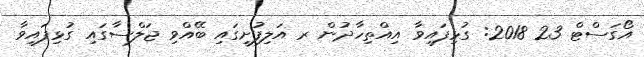
އޯގަސްޓް 23 2018: ގުޅިފައިވާ އިއްތިހާދުން ރ އަލިފުށީގައި ބޭއްވި ޖަލްސާގައި ގުޅިފައިވާ